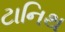
ટાનિથ